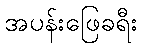
အပန်းဖြေခရီး